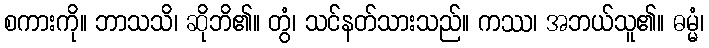
စကားကို။ ဘာသသိ၊ ဆိုဘိ၏။ တွံ၊ သင်နတ်သားသည်။ ကဿ၊ အဘယ်သူ၏။ ဓမ္မံ၊